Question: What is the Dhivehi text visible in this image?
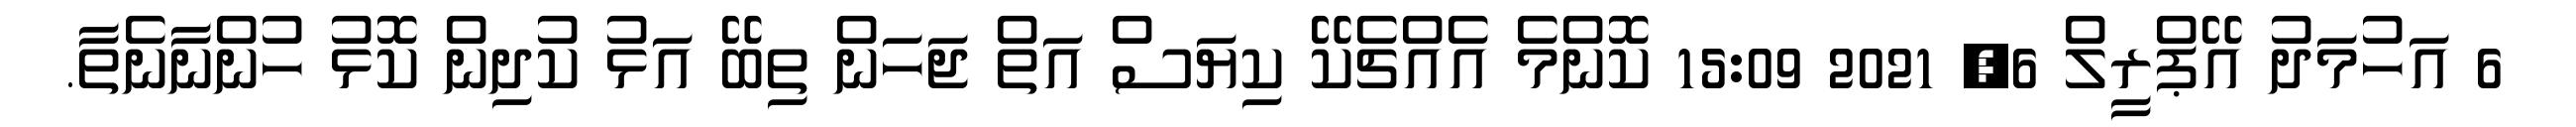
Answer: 6 އަހުމަދު އޭޕްރީލް 6, 2021 15:09 ކޮންމެ އެއްޗެކޭ ކިޔަސް އަތް ޖަހަން ތިބޭ އަޅު ކުދިން ކޮޅު ހުންނާނެތާ.